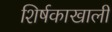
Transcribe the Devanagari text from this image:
शिर्षकाखाली